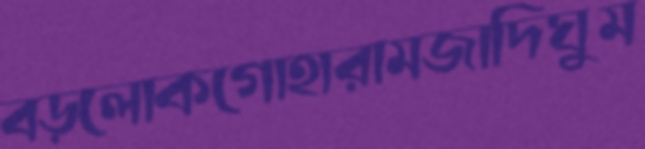
বড়লোকগোহারামজাদিঘুম